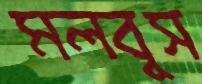
মলবুস